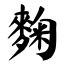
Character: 麴